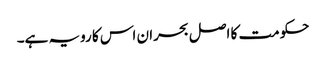
حکومت کا اصل بحران اس کا رویہ ہے۔